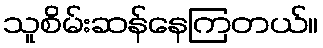
သူစိမ်းဆန်နေကြတယ်။